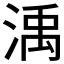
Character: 渪